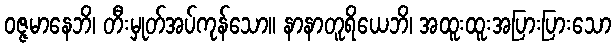
ဝဇ္ဇမာနေဘိ၊ တီးမှုတ်အပ်ကုန်သော။ နာနာတူရိယေဘိ၊ အထူးထူးအပြားပြားသော